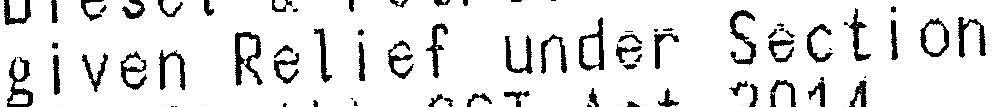
GIVEN RELIEF UNDER SECTION